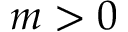
m > 0